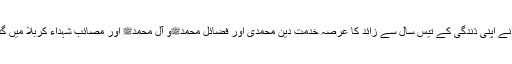
آپ نے اپنی ذندگی کے تیس سال سے زائد کا عرصہ خدمت دین محمدیؐ اور فضائل محمدﷺو آل محمدﷺ اور مصائب شہداء کربلا میں گذارا۔